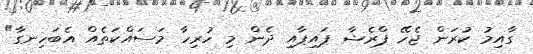
ގާއިމު ކުރަން ޖެހޭ ޕްރެޝާ ޕައިޕާއި ދެން މި ހުރިހާ މަސައްކަތެއް އެބަހިނގާ"